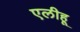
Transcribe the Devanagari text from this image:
एलीहू